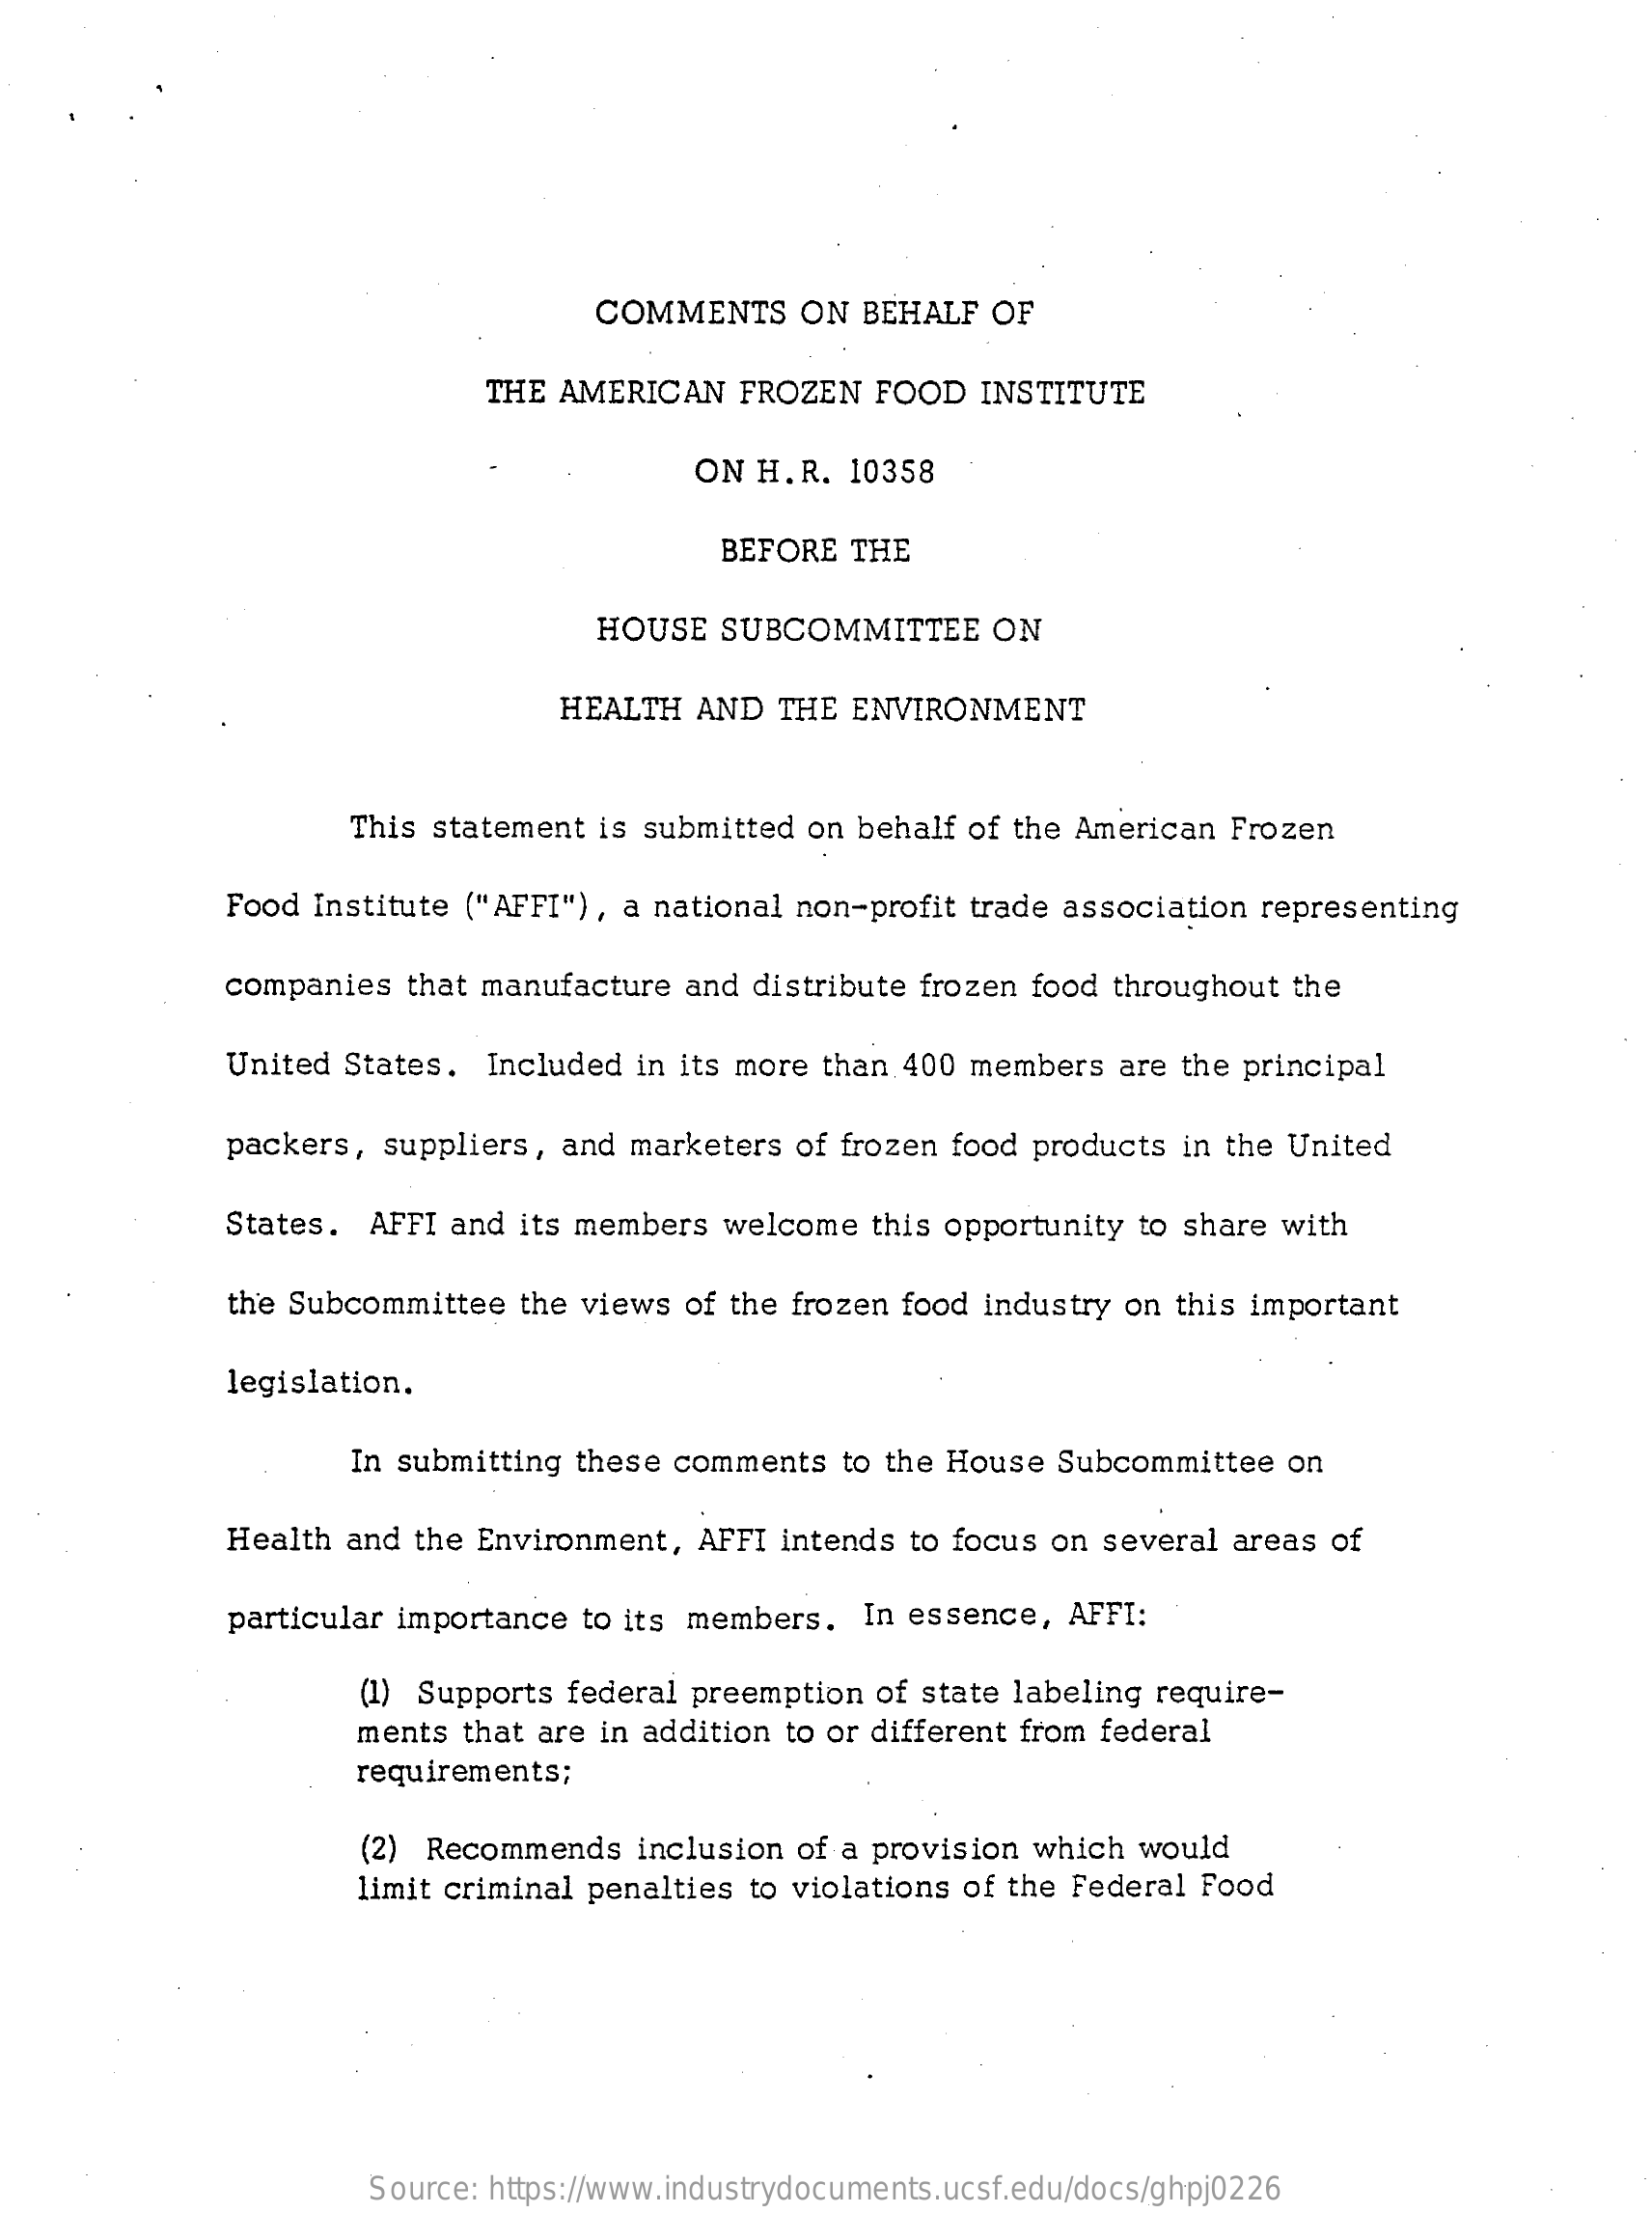
COMMENTS   ON BEHALF OF
     THE AMERICAN  FROZEN  FOOD  INSTITUTE
     ON H. R. 10358
     BEFORE THE
     HOUSE SUBCOMMITTEE    ON
     HEALTH AND  THE ENVIRONMENT
     This statement is submitted on behalf of the American Frozen
     Food Institute ("AFFI") , a national non-profit trade association representing
     companies that manufacture and distribute frozen food throughout the
     United States. Included in its more than 400 members are the principal
     packers, suppliers, and marketers of frozen food products in the United
     States. AFFI and its members welcome this opportunity to share with
     the Subcommittee the views of the frozen food industry on this important
     legislation.
     In submitting these comments to the House Subcommittee on
     Health and the Environment, AFFI intends to focus on several areas of
     particular importance to its members. In essence, AFFI:
     (1) Supports federal preemption of state labeling require-
     ments that are in addition to or different from federal
     requirements;
     (2) Recommends inclusion of a provision which would
     limit criminal penalties to violations of the Federal Food
     Source: https://www.industrydocuments.ucsf.edu/docs/ghpj0226